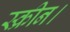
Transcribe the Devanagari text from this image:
स्क्रीन।